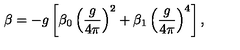
\beta = - g \left[ \beta _ { 0 } \left( \frac { g } { 4 \pi } \right) ^ { 2 } + \beta _ { 1 } \left( \frac { g } { 4 \pi } \right) ^ { 4 } \right] ,